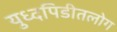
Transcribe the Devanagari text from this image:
युध्दपिडीतलोग